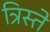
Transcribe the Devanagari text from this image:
त्रिस्ते